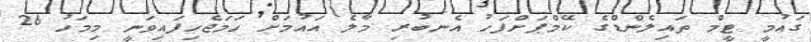
ގައުމީ ޓީމް ތައިލެންޑްގެ ކޭމްޕަށްފަހު އެނބުރި މާލެ އައުމަށް ހަމަޖެހިފައިވަނީ މިމަހު 26